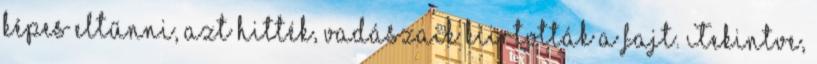
képes eltűnni, azt hitték, vadászaik kiirtották a fajt. Tekintve,